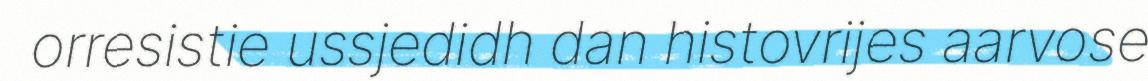
orresistie ussjedidh dan histovrijes aarvose